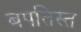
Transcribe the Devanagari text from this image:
बपतिस्त